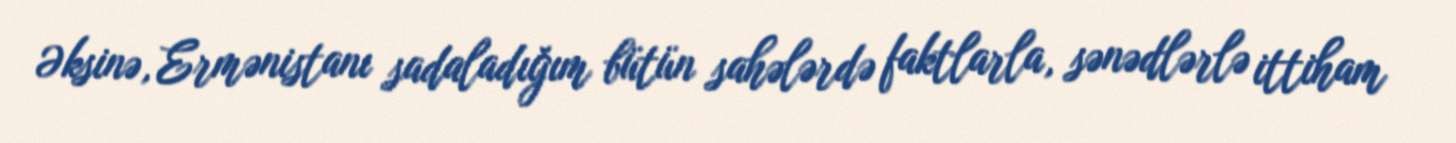
Əksinə, Ermənistanı sadaladığım bütün sahələrdə faktlarla, sənədlərlə ittiham